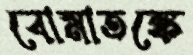
বোমাতঙ্কে